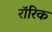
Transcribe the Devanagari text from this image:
रॉरिक